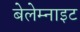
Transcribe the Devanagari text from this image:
बेलेम्नाइट